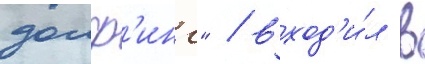
долф'инс" / вход'и́л в